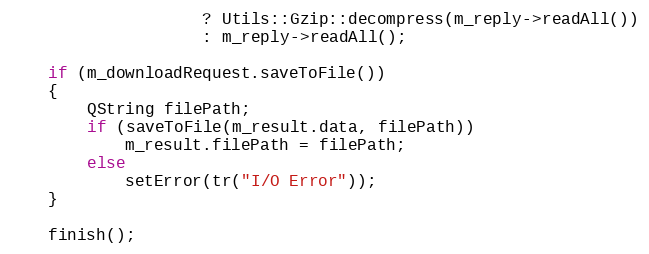
Language: C++
                    ? Utils::Gzip::decompress(m_reply->readAll())
                    : m_reply->readAll();

    if (m_downloadRequest.saveToFile())
    {
        QString filePath;
        if (saveToFile(m_result.data, filePath))
            m_result.filePath = filePath;
        else
            setError(tr("I/O Error"));
    }

    finish();